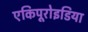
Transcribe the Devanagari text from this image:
एकिपूरोइडिया